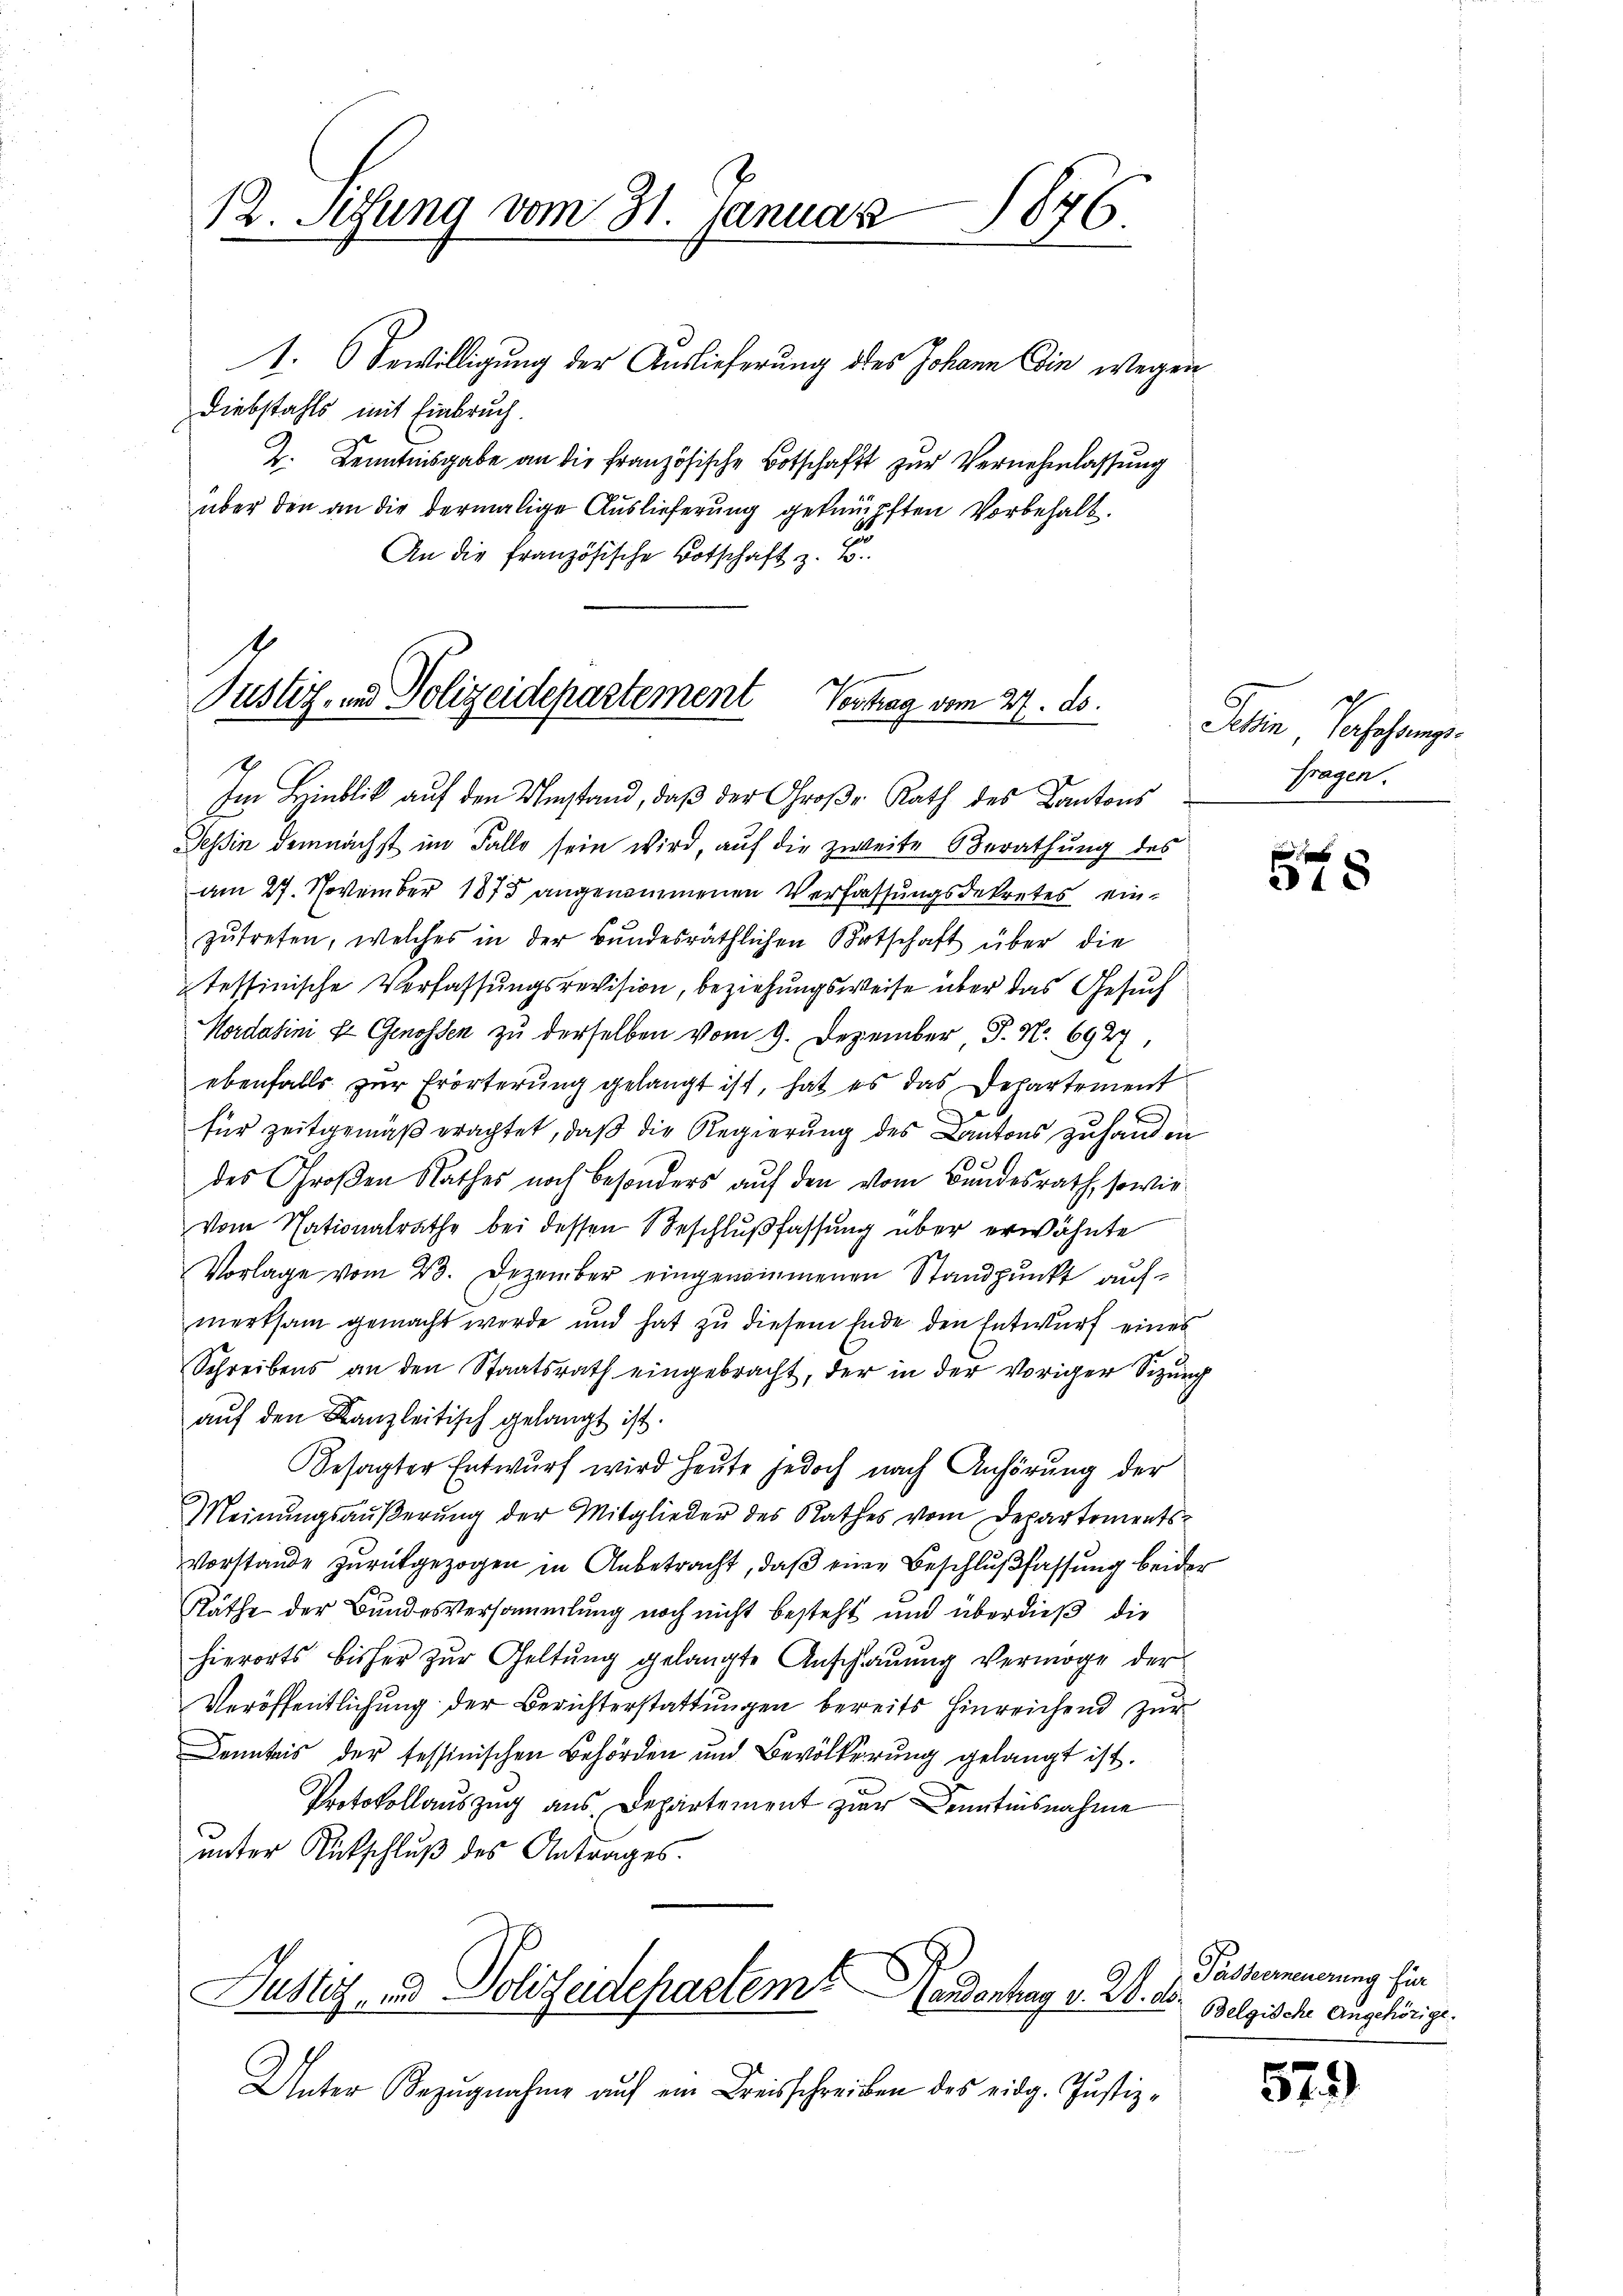
12. Setzung vom 31. Januar 1876.

1. Bewilligung der Auslieferung des Johann Ein wegen
Diebstahls mit Einbruch.
2. Kenntnisgabe an die französische Botschaft zur Vernehmlassung
über den an die dermalige Auslieferung geknüpften Vorbehalt.
An die französische Botschaft z. B.

Justiz- und Polizeidepartement Vertrag vom 27. ds.

Im Hinblick auf den Umstand, daß der Große Rath des Kantons
Tessin demnächst im Falle sein wird, auf die zweite Berathung des
am 27. November 1875 angenommenen Verfassungsdekretes einzŭtreten, welches in der Bŭndesräthlichen Botschaft über die
tessinische Verfassungsrevision, beziehungsweise über das Gesuch
Nordatini ze Genossen zu derselben vom 9. Dezember J. N. 6927,
ebenfalls zur Erörterung gelangt ist, hat es das Departement
e
für Zeitgemäß erachtet, daß die Regierung des Cantons zuhanden
des Großen Rathes noch besonders auf den vom Bundesrath, sowie
vom Nationalrathe bei dessen Beschlußfassung über erwähnte
Vorlage vom 23. Dezember eingenommenen Standpunkt aufmerksam gemacht werde und hat zu diesem Ende den Entwurf eines
Schreibens an den Staatsrath eingebracht, der in der voriger Sitzung
auf den Kanzleitisch gelangt ist.
besagter Entwŭrf wird heŭte jedoch nach Anhörung der
Meinungsäußerung der Mitglieder des Rathes vom Departements-
Vorstande zurückgezogen in Anbetracht, daβ eine Beschlußfassung beider
Räthe der Bundesversammlung noch nicht besteht und überdieß die
hierorts bisher zur Geltung gelangte Anschauung vermöge der
Veröffentlichung der Berichterstattungen bereits hinreichend zur
Denntnis der tessinischen Behörden und Bevölkerung gelangt ist.
Protokollauszug aus. Departement zur Kenntnisnahme
unter Rückschluß des Antrages.
Justiz, und Polizeidepartem Handentag v. 2. ds
Unter Bezŭgnahme aŭf ein Kreisschreiben des eidg. Justiz-

Jetin Sachefangs
fragen.

d
8

Pässerneuerung für
Belgische Angehörige.

579)